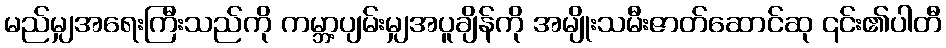
မည်မျှအရေးကြီးသည်ကို ကမ္ဘာ့ပျမ်းမျှအပူချိန်ကို အမျိုးသမီးဇာတ်ဆောင်ဆု ၎င်း၏ပါတီ